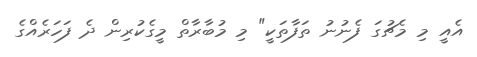
އެއީ މި މެޗުގަ ފެނުނު ތަފާތަކީ" މި މުބާރާތް މީގެކުރިން ދެ ފަހަރެއްގެ